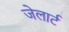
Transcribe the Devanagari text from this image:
जेलार्ट